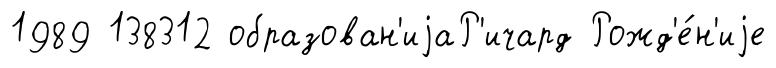
1989 138312 образован'иjаР'ичард Рожд'е́н'иjе